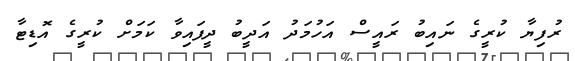
ރުފިޔާ ކުރީގެ ނައިބު ރައީސް އަހުމަދު އަދީބު ދީފައިވާ ކަމަށް ކުރީގެ އޮޑިޓާ